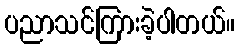
ပညာသင်ကြားခဲ့ပါတယ်။